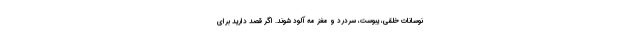
نوسانات خلقی، یبوست، سردرد و مغز مه آلود شوند. اگر قصد دارید برای